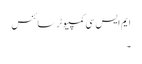
ایم ایس سی کمپیوٹر سائنس
۔